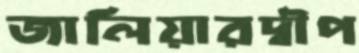
জালিয়ারদ্বীপ